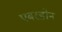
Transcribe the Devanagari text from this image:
एबरडोन